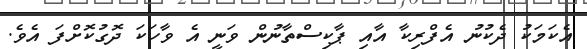
އެކަމަކު ދެކުނު އެފްރިކާ އާއި ޕާކިސްތާނުން ވަނީ އެ ވާހަކަ ދޮގުކޮށްފަ އެވެ.